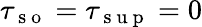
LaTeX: \tau_{\mathrm{~s~o~}}=\tau_{\mathrm{~s~u~p~}}=0